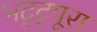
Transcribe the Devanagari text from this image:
भट्ट्पूरा